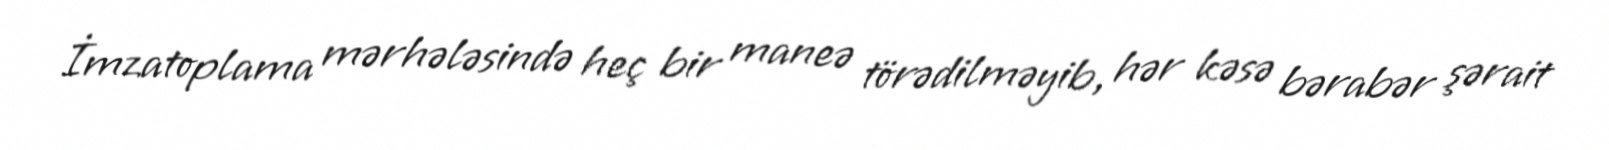
İmzatoplama mərhələsində heç bir maneə törədilməyib, hər kəsə bərabər şərait